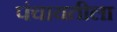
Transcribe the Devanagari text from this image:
पंचायतीला